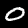
Label: 0